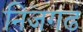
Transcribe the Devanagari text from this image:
निजगढ